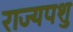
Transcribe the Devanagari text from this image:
राज्यपशु